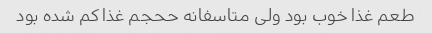
طعم غذا خوب بود ولی متاسفانه ححجم غذا کم شده بود